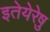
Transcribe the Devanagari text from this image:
इतेयेरेषु